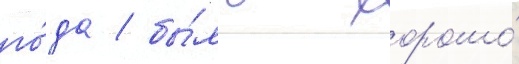
го́да / бы́ло хорошо́